Annual statistical returns and brief notes on vaccination in Bengal - 1896-1909
Year: 1896
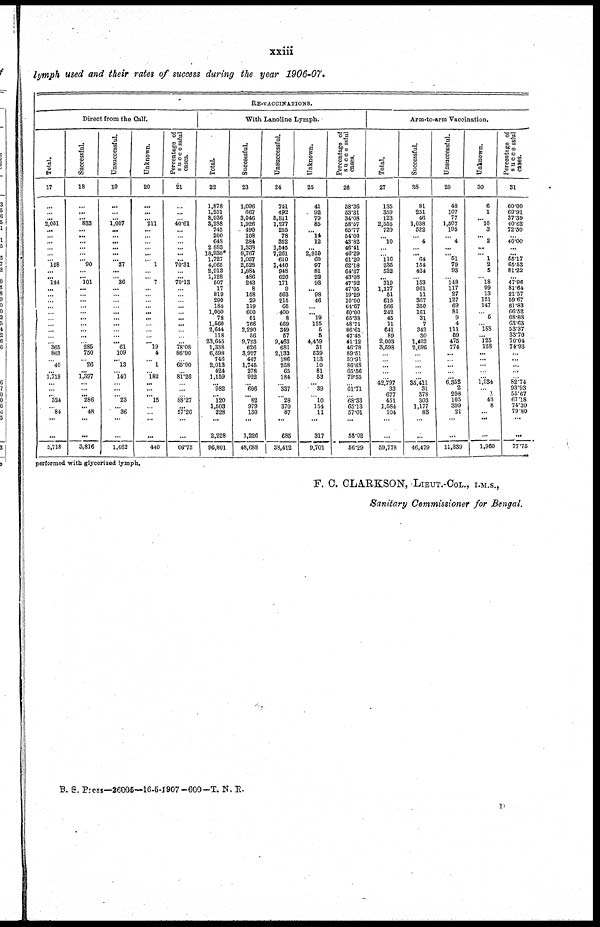
xxiii
lymph used and their rates of success during the year 1906-07.
RE-VACCINATIONS.
Direct from the Calf.
Total.
17
...
...
...
2,051
...
...
... ...
... ... 128
... ... 144
...
...
...
...
...
...
...
... ...
... 365
863
... 40
...
1,719
...
...
... 324
... 84
...
...
5,718
Successful.
18
...
... ...
838
...
...
...
...
... ... 90
... ... 101
...
...
...
...
...
...
...
...
...
... 285
750
... 26
...
1,397
... ...
... 286
... 48
...
...
3,816
Unsuccessful.
19
...
...
...
1,007
...
...
...
...
...
... 37
... ... 36
...
...
... ...
...
...
...
... ...
... 61
109
... 13
... 140
...
...
... 23
... 36
...
...
1,462
Unknown.
20
...
...
... 211
...
... ...
...
... ... 1
... ... 7
...
...
... ...
...
...
...
...
... ... 19
4
... 1
... 182
...
...
... 15
...
... ...
...
440
Percentage of
successful
cases.
21
...
...
... 40.61
... ...
...
...
...
...
70.31
... ...
70.13
...
...
... ...
...
...
...
...
... ...
78.08
86.90
... 65.00
... 81.26
...
...
... 88.27
...
57.26
...
...
66.73
With Lanoline Lymph.
Total.
22
1,878
1,251
8,936
3,288
745
200
648
2,883
18,938*
1,727
4,065
2,913
1,128
507
17
819
290
184
1,000
78
1,560
2,644
118
23,645
1,338
6,598
746
2,013
424
1,159
... 982
... 120
1,503
228
...
2,228
96,801
Successful.
23
1,096
667
3,046
1,926
490
108
...
1,338
8,767
1,057
2,528
1,884
486
243
8
158
29
119
600
51
766
2,290
56
9,723
626
3,927
447
1,745
278
922
... 606
... 82
979
130
...
1,226
48,688
Unsuccessful.
24
741
492
5,811
1,277
255
78
352
1,545
7,261
610
1,440
948
620
171
9
563
215
65
400
8
669
349
57
9,463
681
2,132
186
258
65
184
... 337
... 28
370
87
...
685
33,412
Unknown.
25
41
92
79
86
... 14
12
... 2,910
60
97
81
22
93
... 98
46
...
... 19
125
5
5
4,459
31
539
113
10
81
53
... 39
... 10
154
11
...
317
9,701
Percentage of
successful
cases.
26
58.36
53.31
34.08
58.57
65.77
54.00
43.82
46. 41
46.29
61.20
62.18
64.67
43.08
47.92
47.05
19.29
10.00
64.67
60.00
65.38
48.71
86.61
47.45
41.12
46.78
59.51
59.91
86.68
65.56
79.55
... 61.71
... 68.33
65.13
57.01
...
55.02
56.29
Arm-to-arm Vaccination.
Total.
27
135
359
123
2,555
720
... 10
...
... 116
235
522
... 319
1,177
51
615
566
242
45
11
641
89
2,003
3,598
...
...
...
... ...
42,797
33
677
451
1,584
104
...
...
59,778
Successful.
38
81
251
46
1,038
522
... 4
...
... 64
154
424
... 153
961
11
367
350
161
31
7
342
30
1,403
2,696
...
... ...
...
... 35,411
31
378
303
1,177
83
...
...
46,479
Unsuccessful.
29
48
107
77
1,507
195
... 4
...
... 51
79
93
... 148
117
27
127
69
81
9
4
111
59
475
774
...
... ...
... ...
6,355
2
298
105
399
21
...
...
11,339
Unknown.
30
6
1
... 10
3
... 2
...
... 1
2
5
... 18
99
13
121
147
... 5
... 188
... 125
128
...
...
...
... ...
1,034
...
... 43
8
...
...
...
1,960
Percentage of
successful
cases.
31
60.00
69.91
37.39
40.62
72.50
... 40.00
...
...
55.17
65.53
81.22
... 47.96
81.64
21.57
59.67
61.83
66.52
68.88
63.63
53.37
33.70
70.04
74.93
... ...
...
...
... 82.74
93.93
55.67
67.18
74.30
79.80
...
...
77.75
performed with glycerized lymph.
F. C. CLARKSON, LIEUT.-COL., I.M.S.,
Sanitary Commissioner for Bengal.
B. S. Press—26005—16-6-1907-600—T. N. R.
D